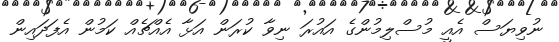
ނުވިޔަސް އެއީ މުސްލިމުންގެ އައުރަ ނިވާ ކުރަން އަޅާ އެއްޗެއް ކަމުން އެފަދައިން